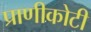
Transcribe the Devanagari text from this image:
प्राणीकोटी